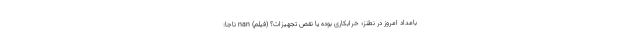
بامداد امروز در نطنز؛ خرابکاری بوده یا نقص تجهیزات؟ (فیلم) nan ناجا: